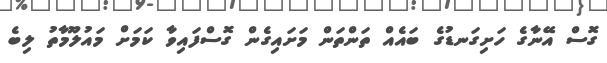
ގޮސް އޭނާގެ ހަށިގަނޑުގެ ބައެއް ތަންތަން މަށައިގެން ގޮސްފައިވާ ކަމަށް މައުލޫމާތު ލިބެ